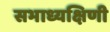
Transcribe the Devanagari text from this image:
सभाध्यक्षिणी